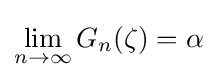
\lim _{n\to \infty }G_{n}(\zeta )=\alpha